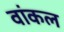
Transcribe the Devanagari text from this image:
वांकल